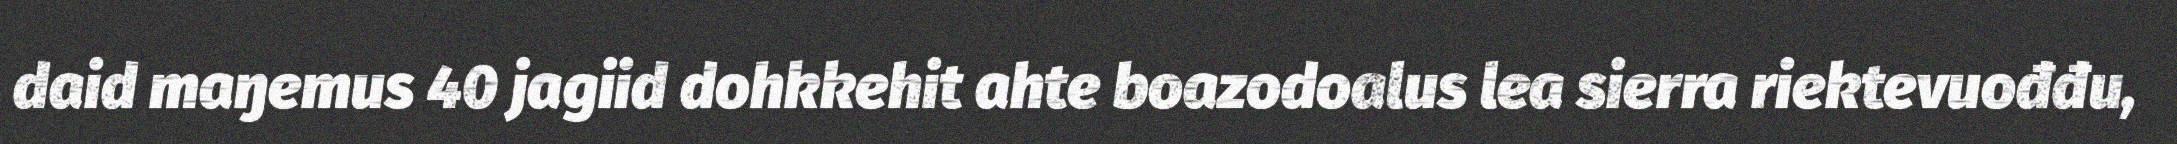
daid maŋemus 40 jagiid dohkkehit ahte boazodoalus lea sierra riektevuođđu,